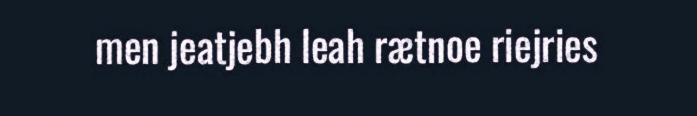
men jeatjebh leah rætnoe riejries